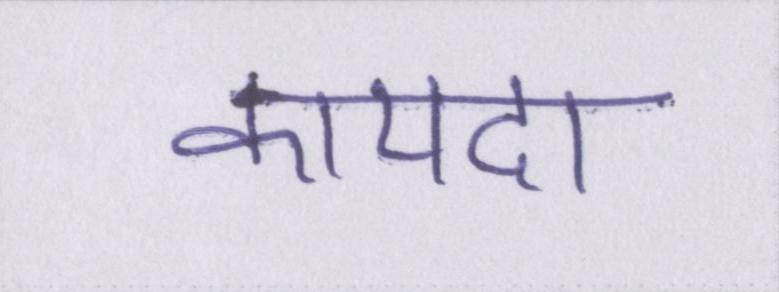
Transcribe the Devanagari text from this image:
कायदा